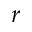
r